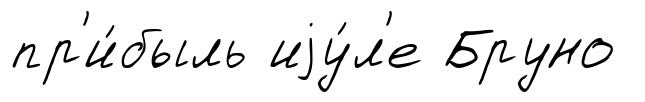
пр'и́быль иjу́л'е Бруно